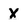
Character: x